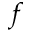
f